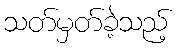
သတ်မှတ်ခဲ့သည့်